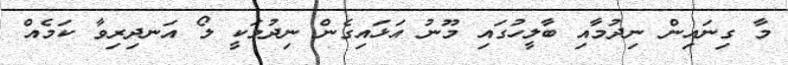
މާ ގިނައިން ނިދުމާއި ބާލީހުގައި މޫނު އަޅައިގެން ނިދުމަކީ ލޯ އަނދިރިވާ ކަމެއް